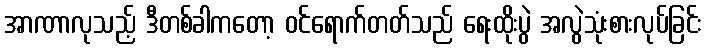
အာဏာလုသည့် ဒီတစ်ခါကတော့ ဝင်ရောက်တတ်သည် ရေးထိုးပွဲ အလွဲသုံးစားလုပ်ခြင်း